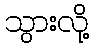
သွားလို့